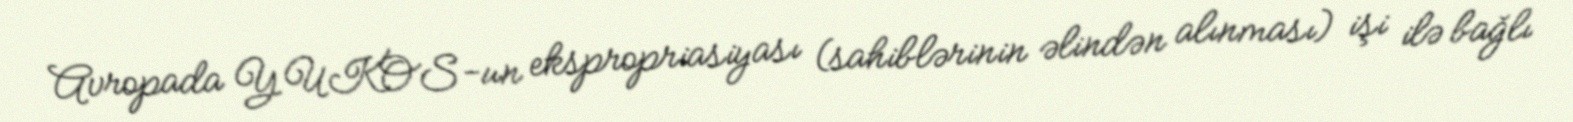
Avropada YUKOS-un ekspropriasiyası (sahiblərinin əlindən alınması) işi ilə bağlı